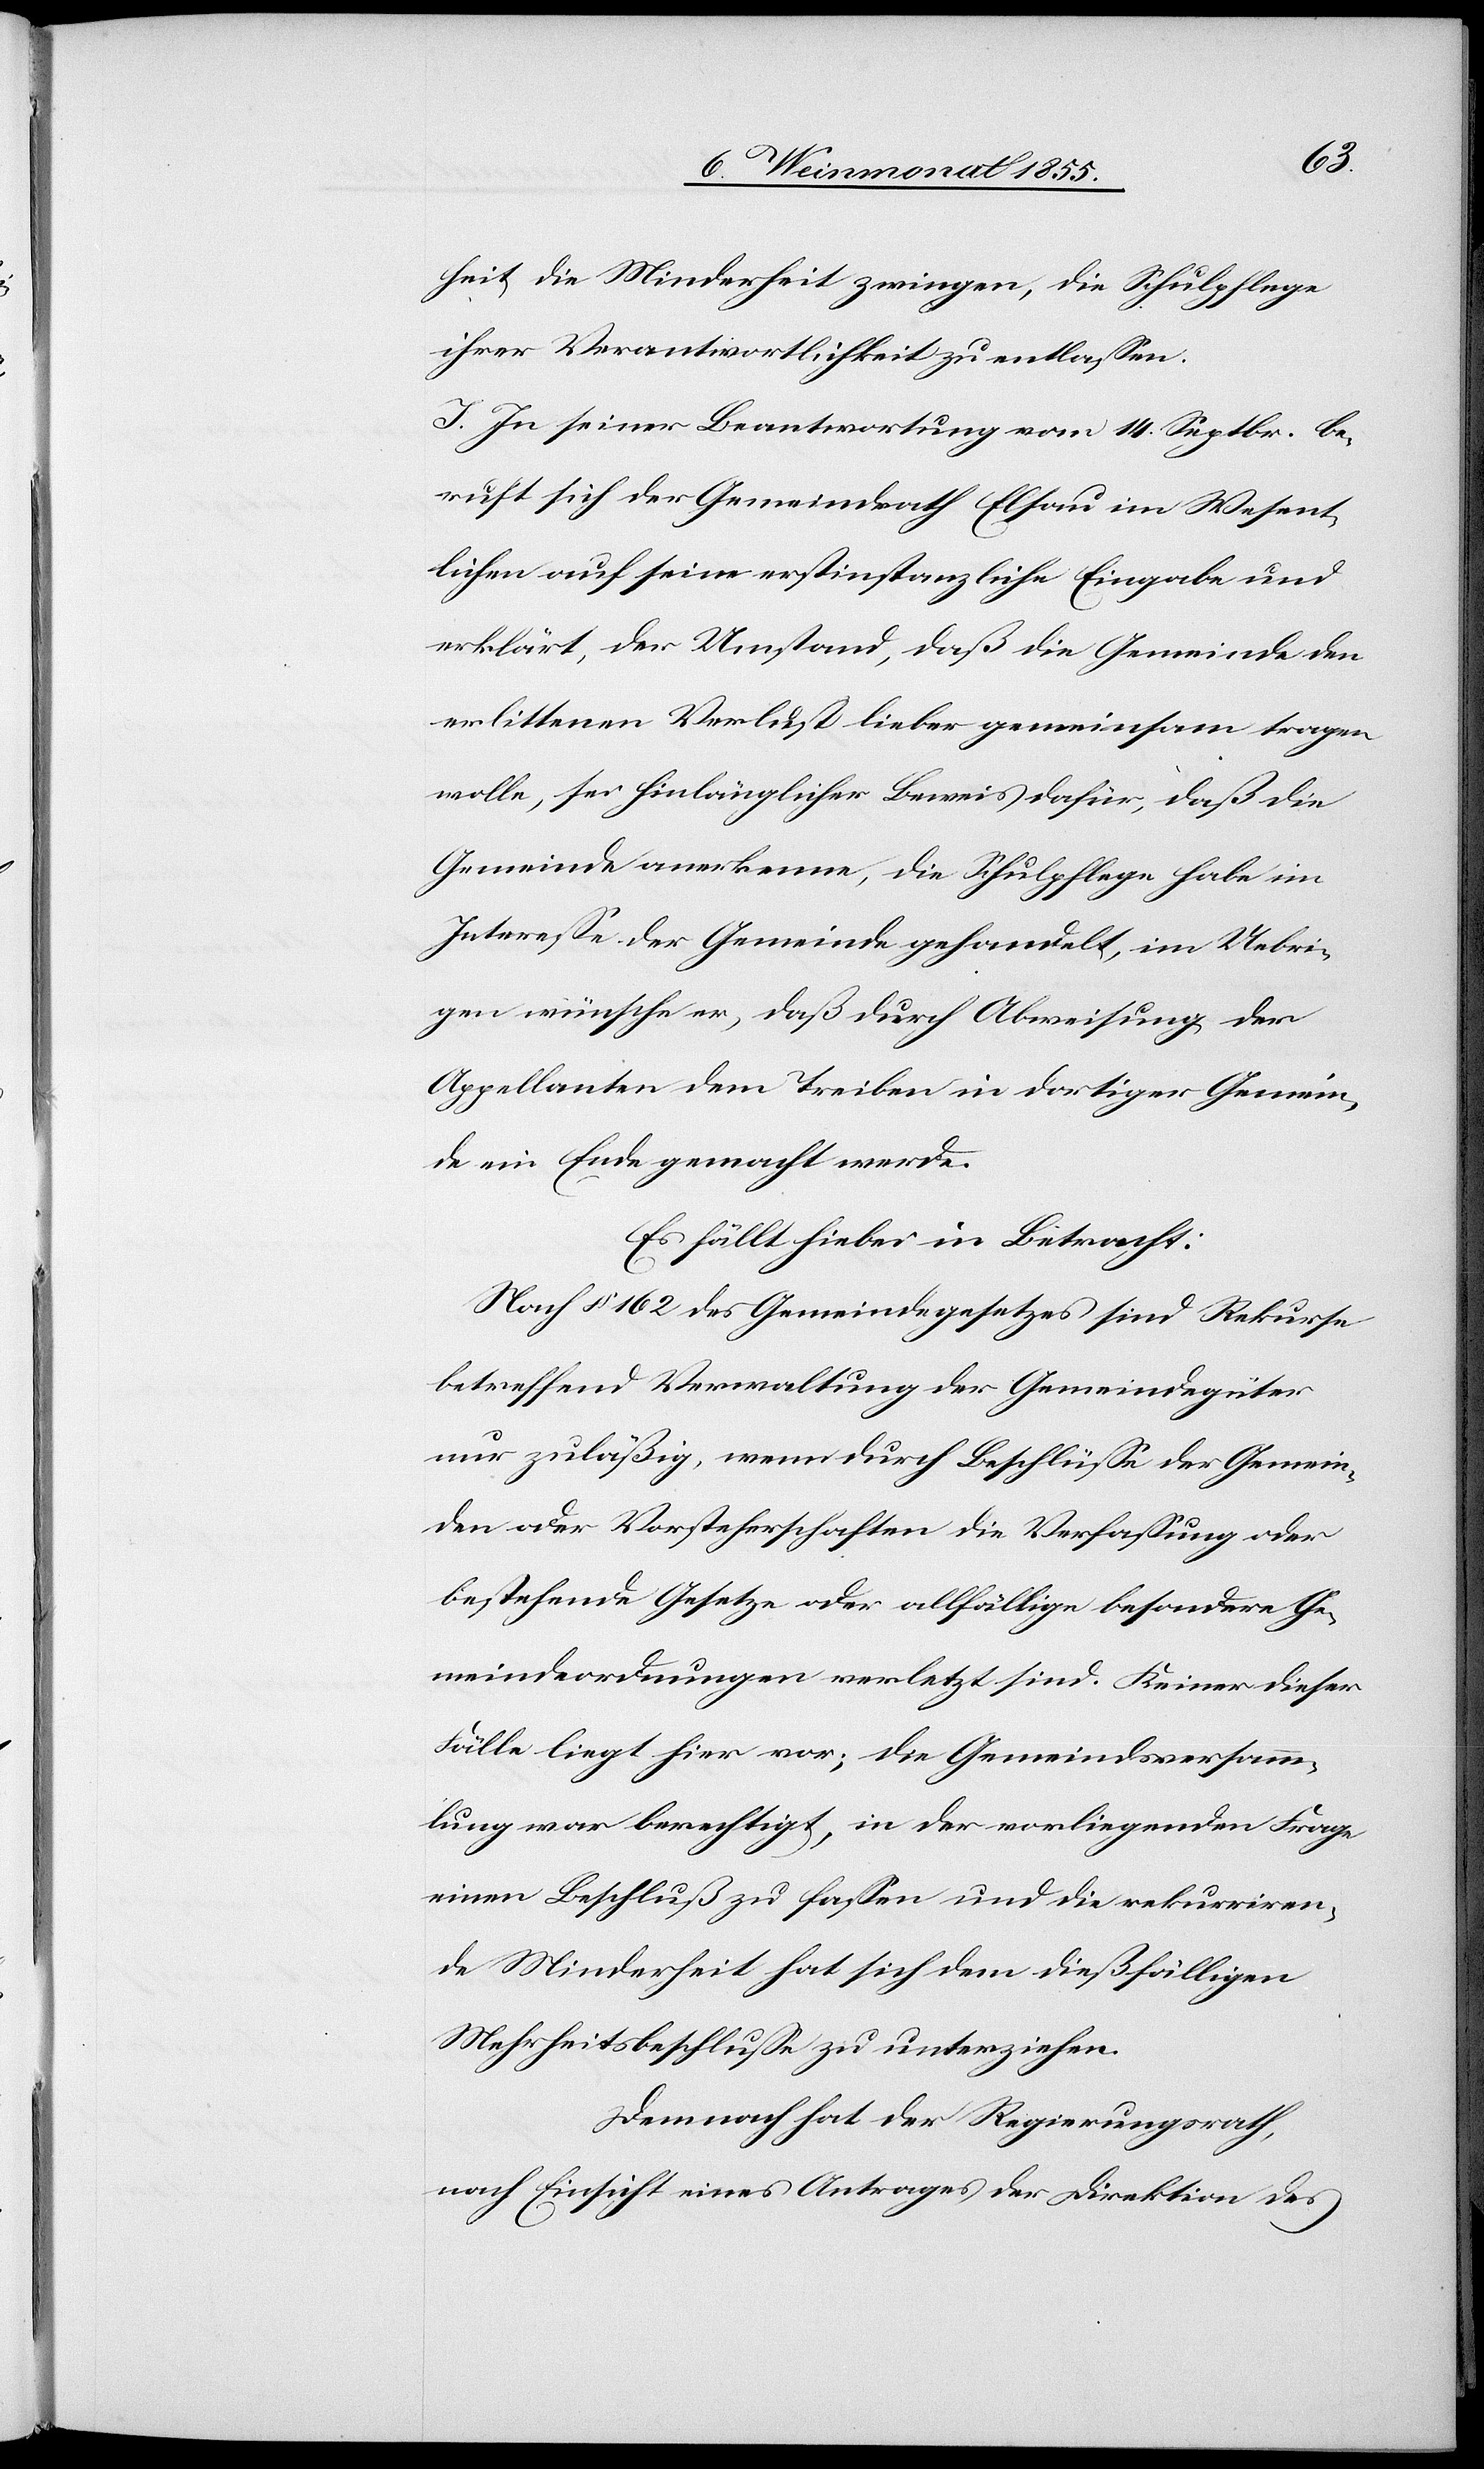
heit die Minderheit zwingen, die Schulpflege
ihrer Verantwortlichkeit zu entlassen.
I. In seiner Beantwortung vom 14. Septbr. be¬
ruft sich der Gemeindrath Elsau im Wesent¬
lichen auf seine erstinstanzliche Eingabe und
erklärt, der Umstand, daß die Gemeinde den
erlittenen Verlust lieber gemeinsam tragen
wolle, sei hinlänglicher Beweis dafür, daß die
Gemeinde anerkenne, die Schulpflege habe im
Interesse der Gemeinde gehandelt, im Uebri¬
gen wünsche er, daß durch Abweisung der
Appellanten dem Treiben in dortiger Gemein¬
de ein Ende gemacht werde.
Es fällt hiebei in Betracht:
Nach § 162 des Gemeindegesetzes sind Rekurse
betreffend Verwaltung der Gemeindegüter
nur zuläßig, wenn durch Beschlüsse der Gemein¬
den oder Vorsteherschaften die Verfassung oder
bestehende Gesetze oder allfällige besondere Ge¬
meindeordnungen verletzt sind. Keiner dieser
Fälle liegt hier vor; die Gemeindsversamm¬
lung war berechtigt, in der vorliegenden Frage
einen Beschluß zu fassen und die rekurriren¬
de Minderheit hat sich dem dießfälligen
Mehrheitsbeschlusse zu unterziehen.
Demnach hat der Regierungsrath,
nach Einsicht eines Antrages der Direktion des